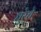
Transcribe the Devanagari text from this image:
धुरेचे